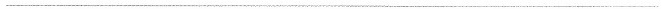
___